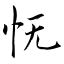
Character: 怃